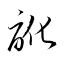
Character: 訛